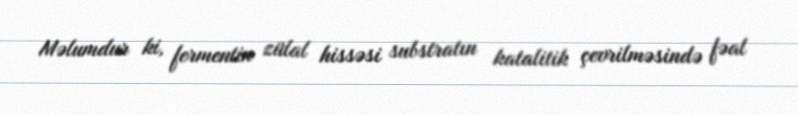
Məlumdur ki, fermentin zülal hissəsi substratın katalitik çevrilməsində fəal